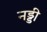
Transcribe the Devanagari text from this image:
नड्डी